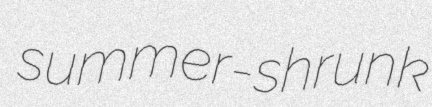
summer-shrunk